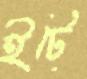
ইটে